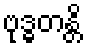
ဗုဒ္ဓတန္တိ